Problem: 4 × 4 = ?
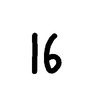
Handwritten answer: 16